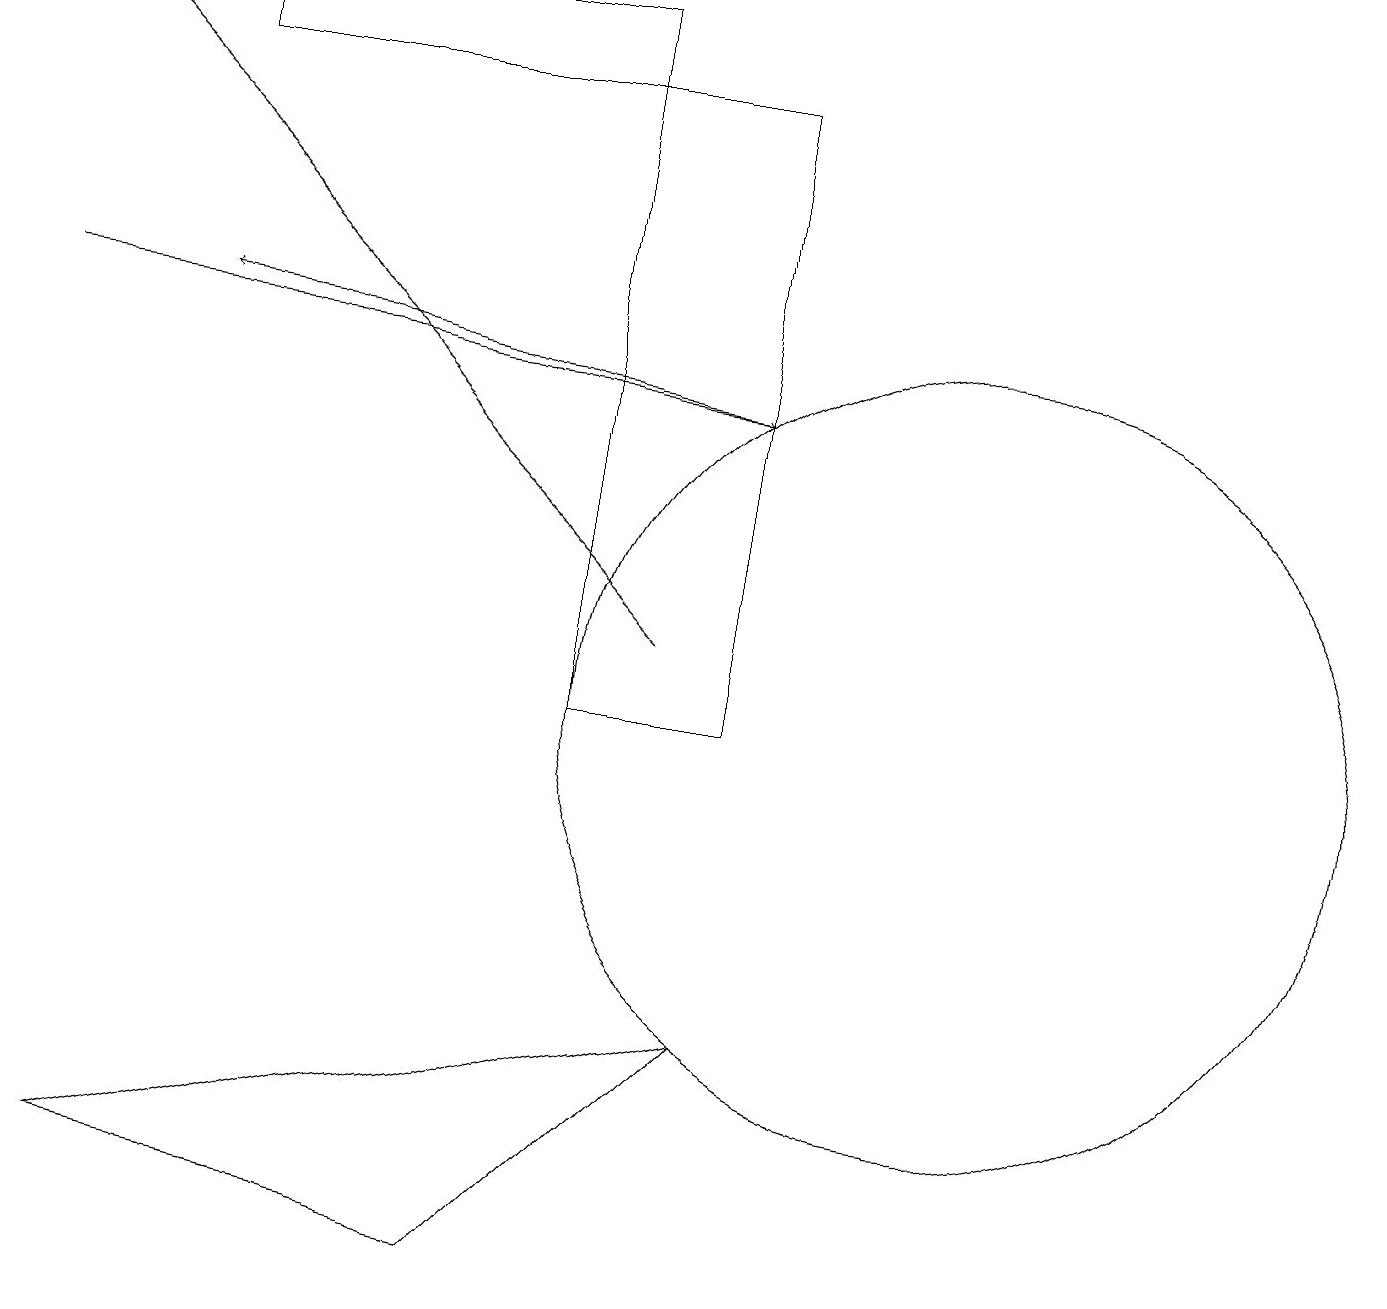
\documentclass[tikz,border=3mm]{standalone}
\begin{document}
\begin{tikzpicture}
\draw (12,10) circle (5);
\draw[->] (8,11) -- (0,19);
\draw (7,18) rectangle (2,19);
\draw (9,6) -- (1,4) -- (6,3) -- cycle;
\draw[->] (0,15) -- (9,14);
\draw[->] (9,14) -- (2,15);
\draw (7,18) rectangle (9,10);
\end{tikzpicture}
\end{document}